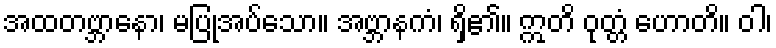
အထတဗ္ဘာနော၊ မပြုအပ်သော။ အဗ္ဘာနကံ၊ ရှိ၏။ ဣတိ ဝုတ္တံ ဟောတိ။ ဝါ၊